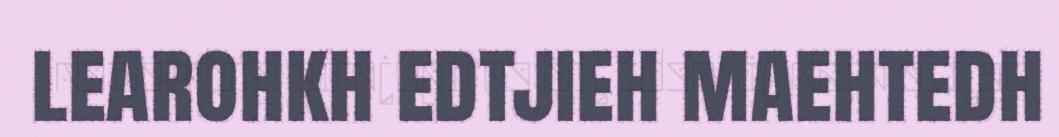
learohkh edtjieh maehtedh